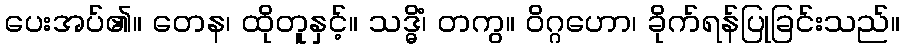
ပေးအပ်၏။ တေန၊ ထိုတူနှင့်။ သဒ္ဓိံ၊ တကွ။ ဝိဂ္ဂဟော၊ ခိုက်ရန်ပြုခြင်းသည်။